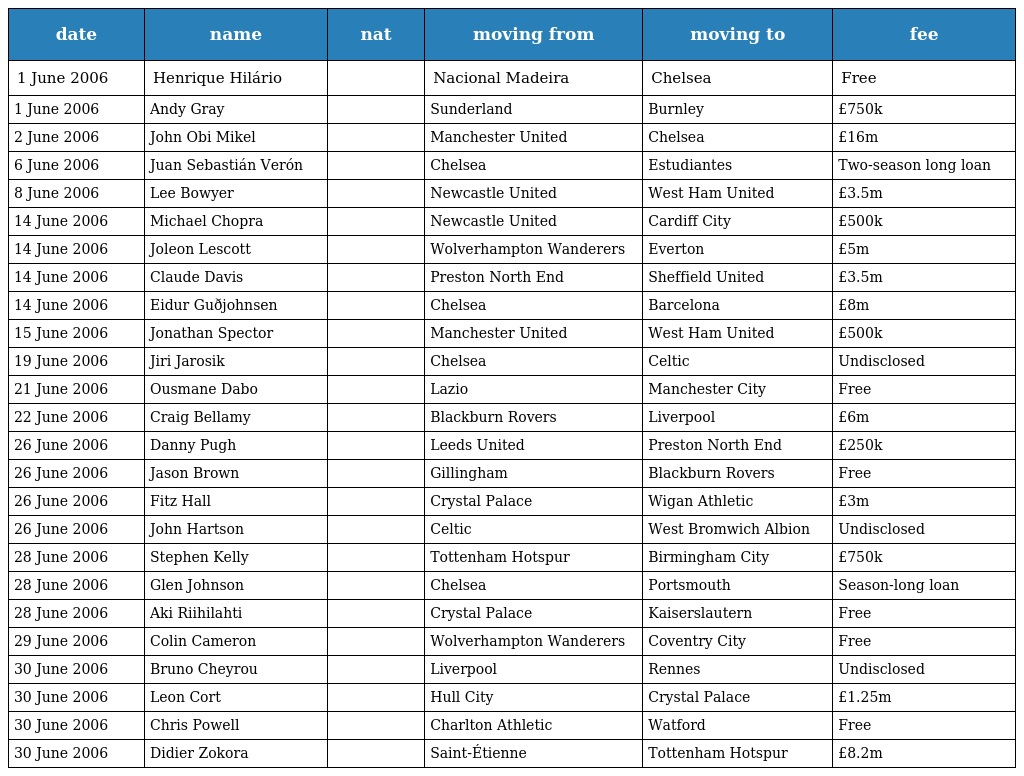
| date | name | nat | moving from | moving to | fee |
 | --- | --- | --- | --- | --- | --- |
 | 1 June 2006 | Henrique Hilário |  | Nacional Madeira | Chelsea | Free |
 | 1 June 2006 | Andy Gray |  | Sunderland | Burnley | £750k |
 | 2 June 2006 | John Obi Mikel |  | Manchester United | Chelsea | £16m |
 | 6 June 2006 | Juan Sebastián Verón |  | Chelsea | Estudiantes | Two-season long loan |
 | 8 June 2006 | Lee Bowyer |  | Newcastle United | West Ham United | £3.5m |
 | 14 June 2006 | Michael Chopra |  | Newcastle United | Cardiff City | £500k |
 | 14 June 2006 | Joleon Lescott |  | Wolverhampton Wanderers | Everton | £5m |
 | 14 June 2006 | Claude Davis |  | Preston North End | Sheffield United | £3.5m |
 | 14 June 2006 | Eidur Guðjohnsen |  | Chelsea | Barcelona | £8m |
 | 15 June 2006 | Jonathan Spector |  | Manchester United | West Ham United | £500k |
 | 19 June 2006 | Jiri Jarosik |  | Chelsea | Celtic | Undisclosed |
 | 21 June 2006 | Ousmane Dabo |  | Lazio | Manchester City | Free |
 | 22 June 2006 | Craig Bellamy |  | Blackburn Rovers | Liverpool | £6m |
 | 26 June 2006 | Danny Pugh |  | Leeds United | Preston North End | £250k |
 | 26 June 2006 | Jason Brown |  | Gillingham | Blackburn Rovers | Free |
 | 26 June 2006 | Fitz Hall |  | Crystal Palace | Wigan Athletic | £3m |
 | 26 June 2006 | John Hartson |  | Celtic | West Bromwich Albion | Undisclosed |
 | 28 June 2006 | Stephen Kelly |  | Tottenham Hotspur | Birmingham City | £750k |
 | 28 June 2006 | Glen Johnson |  | Chelsea | Portsmouth | Season-long loan |
 | 28 June 2006 | Aki Riihilahti |  | Crystal Palace | Kaiserslautern | Free |
 | 29 June 2006 | Colin Cameron |  | Wolverhampton Wanderers | Coventry City | Free |
 | 30 June 2006 | Bruno Cheyrou |  | Liverpool | Rennes | Undisclosed |
 | 30 June 2006 | Leon Cort |  | Hull City | Crystal Palace | £1.25m |
 | 30 June 2006 | Chris Powell |  | Charlton Athletic | Watford | Free |
 | 30 June 2006 | Didier Zokora |  | Saint-Étienne | Tottenham Hotspur | £8.2m |